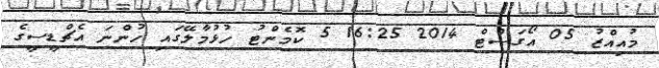
މުއިއްޒު 05 އޯގަސްޓް 2014 16:25 5 ކޮމެންޓު ހުޅުމާލޭގައި ހުންނަ އެޗްޑީސީގެ